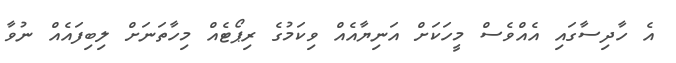
އެ ހާދިސާގައި އެއްވެސް މީހަކަށް އަނިޔާއެއް ވިކަމުގެ ރިޕޯޓެއް މިހާތަނަށް ލިބިފައެއް ނުވާ